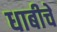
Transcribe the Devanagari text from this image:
धाबीचे